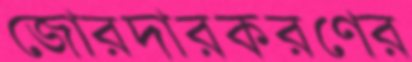
জোরদারকরণের